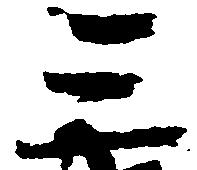
三